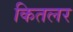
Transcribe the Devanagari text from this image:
कितलर